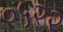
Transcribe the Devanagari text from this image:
०५२२